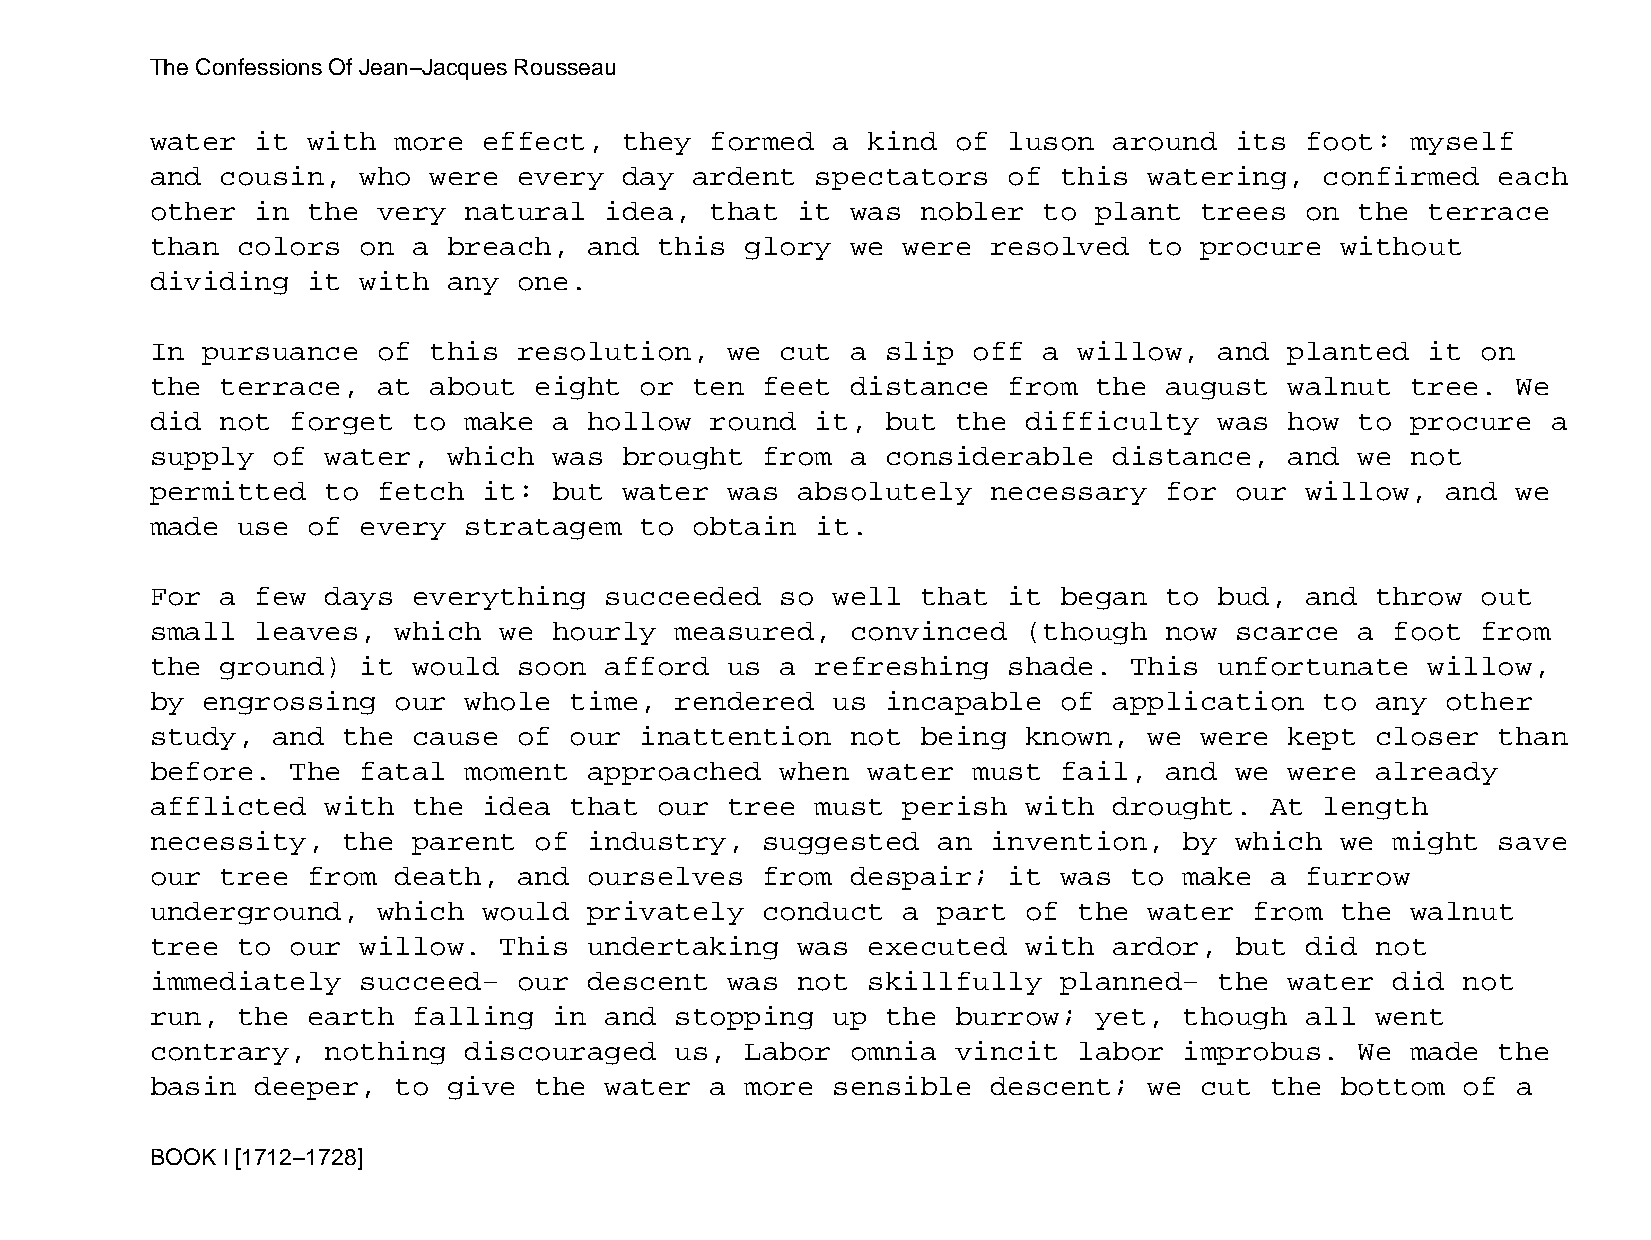
The Confessions Of Jean−Jacques Rousseau
 water  it with  more  effect,  they  formed  a kind  of  luson  around  its foot:  myself
 and  cousin,  who were  every  day  ardent  spectators   of this  watering,   confirmed  each
 other  in the  very  natural  idea,  that  it was  nobler  to plant  trees  on  the  terrace
 than  colors  on a  breach,  and  this glory  we  were  resolved  to procure   without
 dividing  it  with  any one.
 In pursuance   of this  resolution,   we  cut a  slip off  a willow,   and planted   it on
 the  terrace,  at about  eight  or  ten feet  distance   from the  august  walnut  tree.  We
 did  not forget  to  make  a hollow  round  it,  but the  difficulty   was how  to procure   a
 supply  of  water,  which  was brought  from  a  considerable   distance,  and  we not
 permitted   to fetch  it:  but water  was  absolutely   necessary  for  our willow,   and we
 made  use of  every  stratagem  to  obtain  it.
 For  a few  days everything   succeeded   so well  that  it began  to  bud, and  throw  out
 small  leaves,  which  we  hourly  measured,  convinced   (though  now  scarce  a foot  from
 the  ground)  it would  soon  afford  us  a refreshing   shade.  This  unfortunate   willow,
 by engrossing   our  whole  time,  rendered  us  incapable  of  application   to any  other
 study,  and  the cause  of  our inattention   not  being  known,  we were  kept  closer  than
 before.  The  fatal  moment  approached   when water  must  fail,  and  we were  already
 afflicted   with the  idea  that  our tree  must  perish  with  drought.  At  length
 necessity,   the parent  of  industry,  suggested   an  invention,  by  which  we might  save
 our  tree from  death,  and  ourselves  from  despair;   it was  to make  a furrow
 underground,   which  would  privately  conduct   a part  of the  water  from  the walnut
 tree  to our  willow.  This  undertaking   was executed   with  ardor,  but did  not
 immediately   succeed−  our  descent  was  not skillfully   planned−   the water  did  not
 run,  the earth  falling   in and  stopping  up  the burrow;  yet,  though  all  went
 contrary,   nothing  discouraged   us, Labor  omnia  vincit  labor  improbus.   We made  the
 basin  deeper,  to  give the  water  a more  sensible   descent;  we cut  the  bottom  of a
 BOOK I [1712−1728]